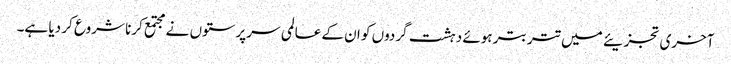
آخری تجزیئے میں تتر بتر ہوئے دہشت گردوں کو ان کے عالمی سرپرستوں نے مجتمع کرنا شروع کر دیا ہے۔